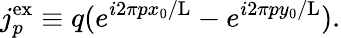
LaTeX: j_{p}^{\mathrm{ex}}\equiv q(e^{i2\pi px_{0}/\mathrm{L}}-e^{i2\pi py_{0}/\mathrm{L}}).